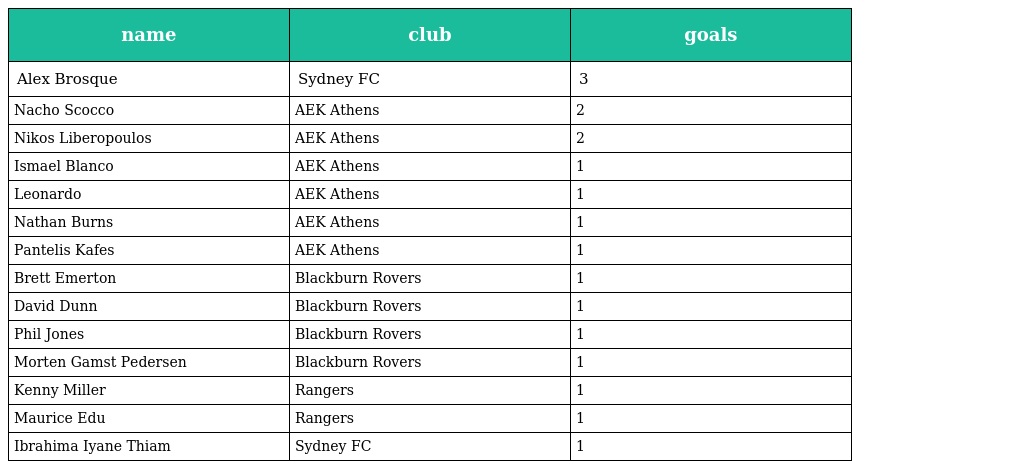
| name | club | goals |
 | --- | --- | --- |
 | Alex Brosque | Sydney FC | 3 |
 | Nacho Scocco | AEK Athens | 2 |
 | Nikos Liberopoulos | AEK Athens | 2 |
 | Ismael Blanco | AEK Athens | 1 |
 | Leonardo | AEK Athens | 1 |
 | Nathan Burns | AEK Athens | 1 |
 | Pantelis Kafes | AEK Athens | 1 |
 | Brett Emerton | Blackburn Rovers | 1 |
 | David Dunn | Blackburn Rovers | 1 |
 | Phil Jones | Blackburn Rovers | 1 |
 | Morten Gamst Pedersen | Blackburn Rovers | 1 |
 | Kenny Miller | Rangers | 1 |
 | Maurice Edu | Rangers | 1 |
 | Ibrahima Iyane Thiam | Sydney FC | 1 |